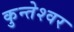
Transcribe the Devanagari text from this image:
कुन्‍तेश्‍वर